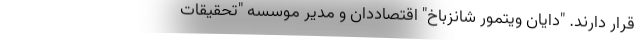
قرار دارند. "دایان ویتمور شانزباخ" اقتصاددان و مدیر موسسه "تحقیقات